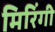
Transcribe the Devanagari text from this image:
मिरिंगी